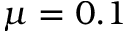
\mu = 0 . 1